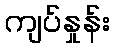
ကျပ်နှုန်း